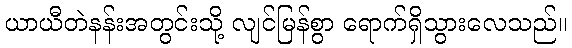
ယာယီတဲနန်းအတွင်းသို့ လျင်မြန်စွာ ရောက်ရှိသွားလေသည်။